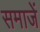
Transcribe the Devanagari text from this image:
समाजें